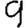
Digit: 9